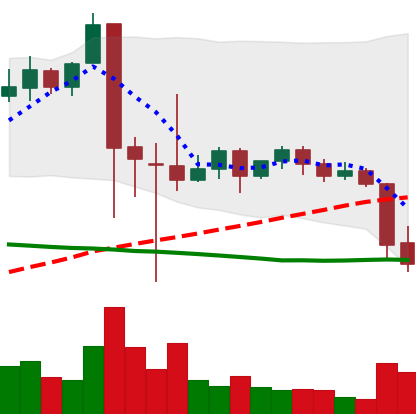
Ticker: XRP-USD
Chart end date: 2021-09-21
Forward return: 7.804%
Label: up_7plus